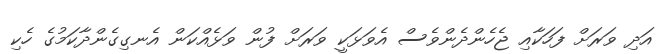
އަދި ވަރަށް ފަހަކާއި ޖެހެންދެންވެސް އެވަޅަކީ ވަރަށް ފުން ވަޅެއްކަން އެނގިގެންދާކަމުގެ ހެކި